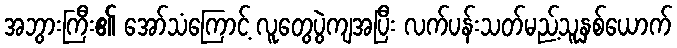
အဘွားကြီး၏ အော်သံကြောင့် လူတွေပွဲကျအပြီး လက်ပန်းသတ်မည့်သူနှစ်ယောက်